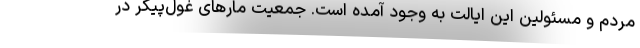
مردم و مسئولین این ایالت به وجود آمده است. جمعیت مارهای غول‌پیکر در